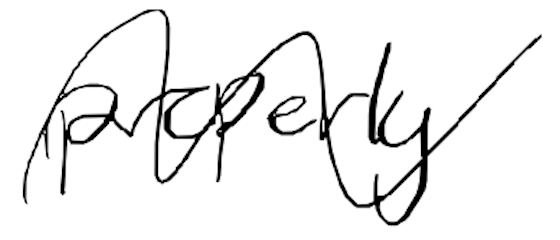
Text: properly
Cross-out: wave
Writing tool: digital_black